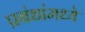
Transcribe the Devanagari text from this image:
प्रबंधांमध्ये